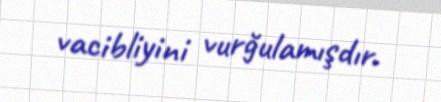
vacibliyini vurğulamışdır.